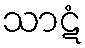
သာဋံ